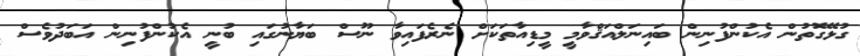
ގުޅޭގޮތުން އެކުންފުނިން ބައިނަލްއަޤްވާމީ މީޑިއާތަކަށް ނެރެފައިވާ ނޫސް ބަޔާނުގައި ބުނީ އެކުންފުނިން އަބަދުވެސް